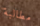
مطالبة